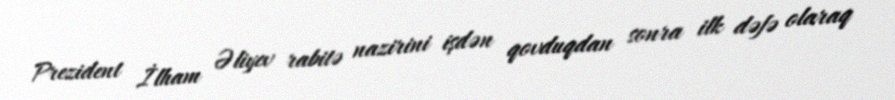
Prezident İlham Əliyev rabitə nazirini işdən qovduqdan sonra ilk dəfə olaraq